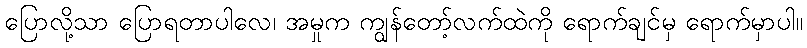
ပြောလို့သာ ပြောရတာပါလေ၊ အမှုက ကျွန်တော့်လက်ထဲကို ရောက်ချင်မှ ရောက်မှာပါ။